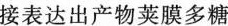
接表达出产物荚膜多糖